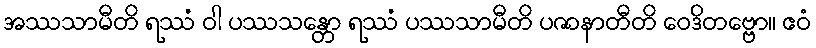
အဿသာမီတိ ရဿံ ဝါ ပဿသန္တော ရဿံ ပဿသာမီတိ ပဇာနာတီတိ ဝေဒိတဗ္ဗော။ ဧဝံ